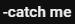
-catch me